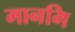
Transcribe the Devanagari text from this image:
मानमि